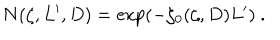
N ( \zeta , L ^ { \prime } , D ) = \exp \left( - \zeta _ { 0 } ( \zeta , D ) L ^ { \prime } \right) \ .